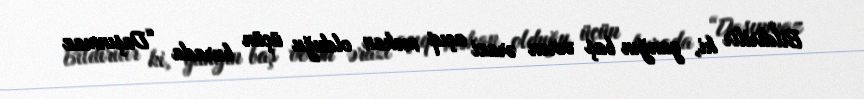
Bildirilir ki, yanğın baş verən ərazi açıq məkan olduğu üçün burada “Daşınmaz